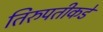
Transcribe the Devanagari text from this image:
तिरुपतीकडे